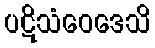
ပဋိသံဝေဒေသိ